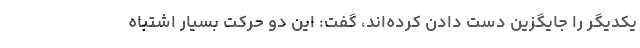
یکدیگر را جایگزین دست دادن کرده‌اند، گفت: این دو حرکت بسیار اشتباه